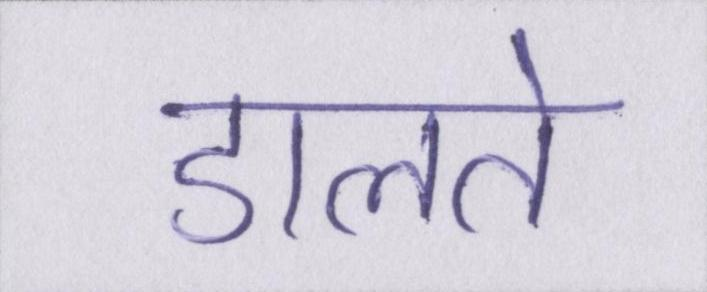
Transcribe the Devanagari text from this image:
डालते